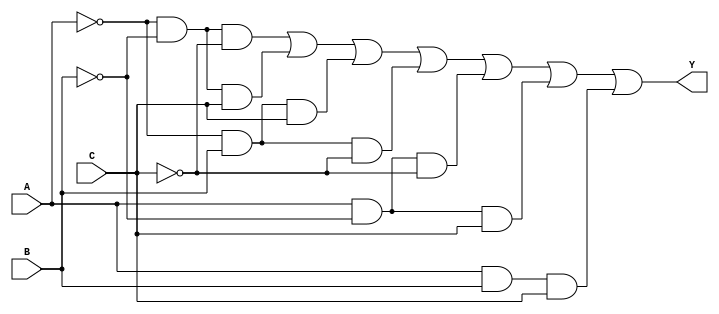
module kmap_3var (
    input wire A,  // Input variable A
    input wire B,  // Input variable B
    input wire C,  // Input variable C
    output wire Y  // Output variable Y
);

// K-map Output Logic
assign Y = (A == 0 && B == 0 && C == 0) || // Cell 0: 000
           (A == 0 && B == 0 && C == 1) || // Cell 1: 001
           (A == 0 && B == 1 && C == 1) || // Cell 3: 011
           (A == 0 && B == 1 && C == 0) || // Cell 2: 010
           (A == 1 && B == 0 && C == 0) || // Cell 0: 100
           (A == 1 && B == 0 && C == 1) || // Cell 1: 101
           (A == 1 && B == 1 && C == 1);   // Cell 3: 111
           // Note: Cell 2 (110) is a '0' and Cell 0 (100) is a '0'

endmodule